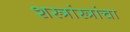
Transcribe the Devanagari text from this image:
शस्त्रांस्त्रांचा